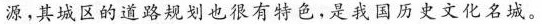
源，其城区的道路规划也很有特色，是我国历史文化名城。